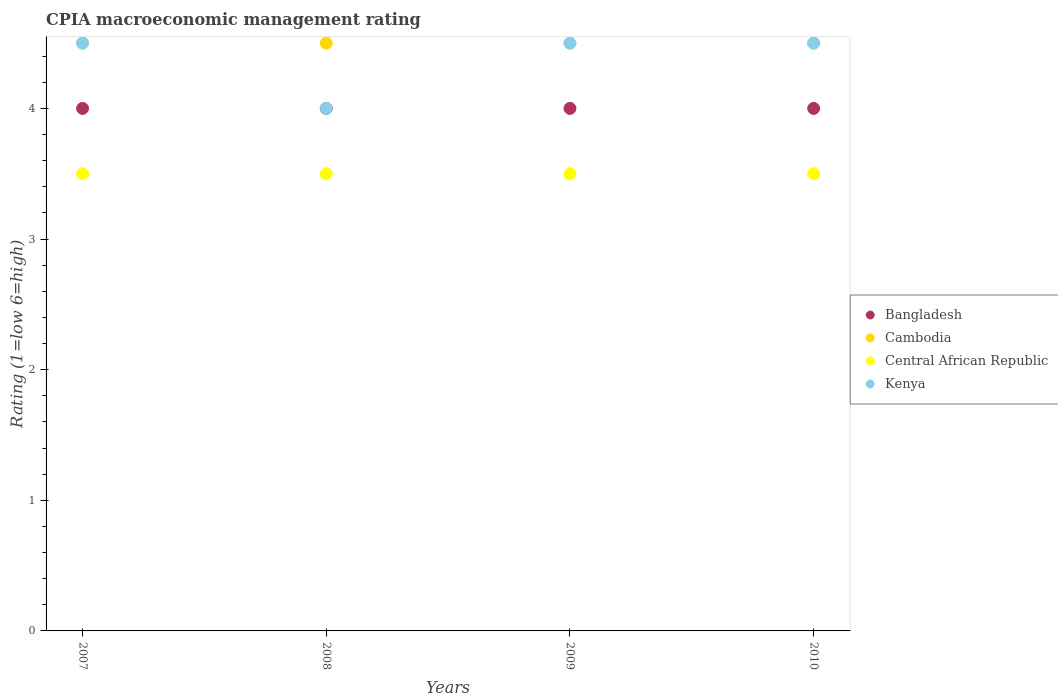
| Years | Bangladesh | Cambodia | Central African Republic | Kenya |
 | --- | --- | --- | --- | --- |
 | 2007 | 4 | 4.5 | 3.5 | 4.5 |
 | 2008 | 4 | 4.5 | 3.5 | 4 |
 | 2009 | 4 | 4.5 | 3.5 | 4.5 |
 | 2010 | 4 | 4.5 | 3.5 | 4.5 |